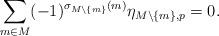
LaTeX: \begin{align*} \sum_{m \in M} (-1)^{\sigma_{M \setminus \{m\}}(m)} \eta_{M \setminus \{m\}, p} = 0.\end{align*}